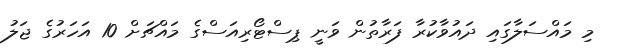
މި މައްސަލާގައި ދައުވާކުރާ ފަރާތުން ވަނީ ޕިސްޓޯރިއަސްގެ މައްޗަށް 10 އަހަރުގެ ޖަލު